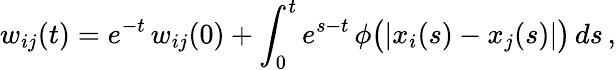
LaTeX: w_{ij}(t)=e^{-t}\, w_{ij}(0)+\int_{0}^{t}e^{s-t}\, \phi\big(|x_{i}(s)-x_{j}(s)|\big)\, ds\, ,